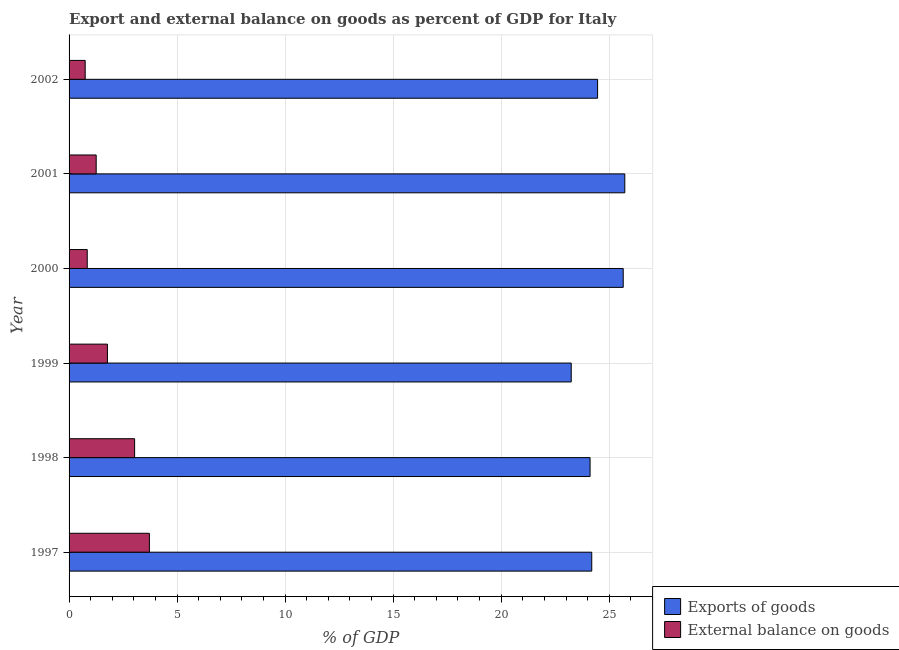
| Year | Exports of goods | External balance on goods |
 | --- | --- | --- |
 | 1997 | 24.2 | 3.72 |
 | 1998 | 24.1 | 3.03 |
 | 1999 | 23.2 | 1.78 |
 | 2000 | 25.6 | 0.841 |
 | 2001 | 25.7 | 1.25 |
 | 2002 | 24.5 | 0.746 |